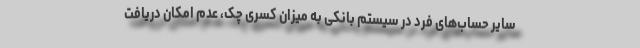
سایر حساب‌های فرد در سیستم بانکی به میزان کسری چک، عدم امکان دریافت